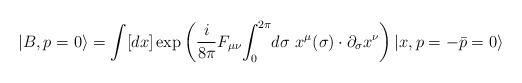
LaTeX: \begin{align*}|B, p=0\rangle=\int [dx] \exp\left({i\over 8\pi}F_{\mu\nu}{\int_{0}}^{2\pi} d\sigma ~x^{\mu}(\sigma)\cdot\partial_{\sigma}x^{\nu} \right) |x, p=-\bar{p}=0\rangle\end{align*}